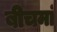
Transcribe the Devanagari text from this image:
बीचमां